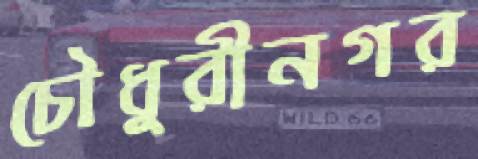
চৌধুরীনগর